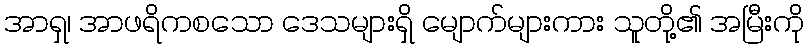
အာရှ၊ အာဖရိကစသော ဒေသများရှိ မျောက်များကား သူတို့၏ အမြီးကို